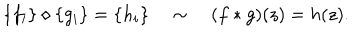
\{ f _ { i } \} \diamond \{ g _ { i } \} = \{ h _ { i } \} \quad \sim \quad ( f * g ) ( z ) = h ( z ) .